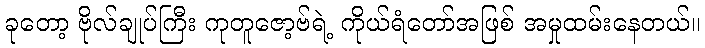
ခုတော့ ဗိုလ်ချုပ်ကြီး ကုတူဇော့ဗ်ရဲ့ ကိုယ်ရံတော်အဖြစ် အမှုထမ်းနေတယ်။